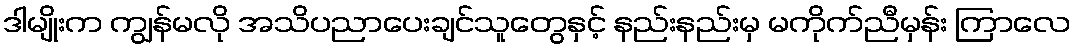
ဒါမျိုးက ကျွန်မလို အသိပညာပေးချင်သူတွေနှင့် နည်းနည်းမှ မကိုက်ညီမှန်း ကြာလေ